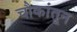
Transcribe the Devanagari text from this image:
चौकांतून